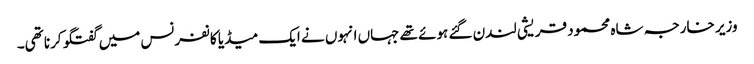
وزیر خارجہ شاہ محمود قریشی لندن گئے ہوئے تھے جہاں انہوں نے ایک میڈیا کانفرنس میں گفتگو کرنا تھی۔